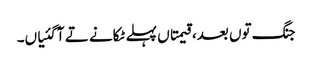
جنگ توں بعد، قیمتاں پہلے ٹکانے تے آ گئیاں۔